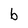
Character: b